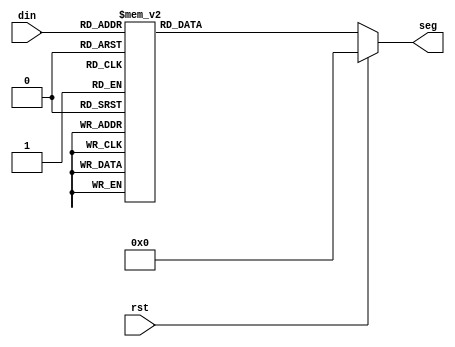
/**
 * @Author: German Cano Quiveu <germancq>
 * @Date:   2019-03-01T13:05:18+01:00
 * @Email:  germancq@dte.us.es
 * @Filename: dec_to_7_seg.v
 * @Last modified by:   germancq
 * @Last modified time: 2019-03-01T16:31:28+01:00
 */
module dec_to_7_seg(
  input rst,
  input [3:0] din,
  output reg [6:0] seg
  );

  always @ ( * )
  begin
    if(rst)
      seg = 7'b0000000;
    else
      begin
        case(din)
          //////////<---MSB-LSB<---
          //////////////gfedcba////////////////////////////////////////////           a
          0:seg = 7'b1000000;////0000                                                   __
          1:seg = 7'b1111001;////0001                                                f/      /b
          2:seg = 7'b0100100;////0010                                                  g
          //                                                                       __
          3:seg = 7'b0110000;////0011                                              e /   /c
          4:seg = 7'b0011001;////0100                                               __
          5:seg = 7'b0010010;////0101                                            d
          6:seg = 7'b0000010;////0110
          7:seg = 7'b1111000;////0111
          8:seg = 7'b0000000;////1000
          9:seg = 7'b0010000;////1001
          'hA:seg = 7'b0001000;
          'hB:seg = 7'b0000011;
          'hC:seg = 7'b1000110;
          'hD:seg = 7'b0100001;
          'hE:seg = 7'b0000110;
          'hF:seg = 7'b0001110;
        endcase
      end
  end

endmodule